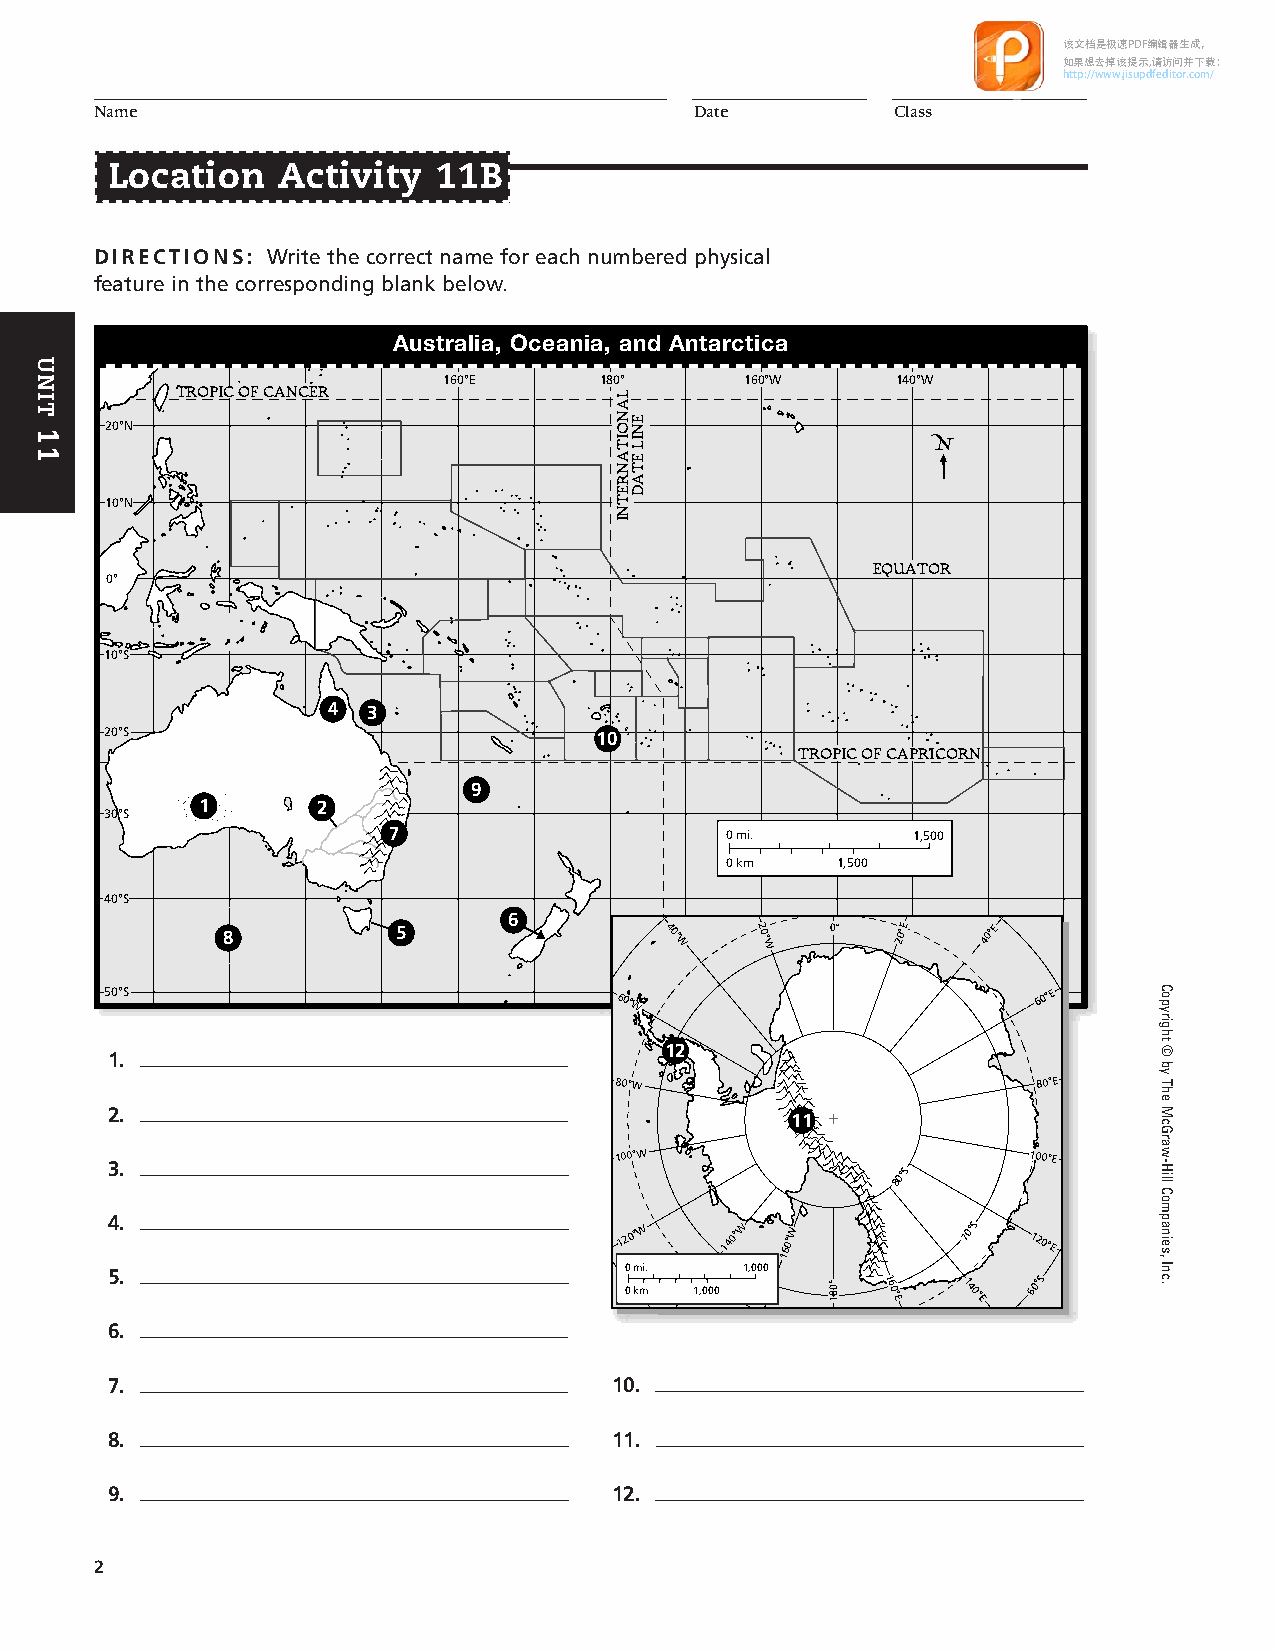
该文档是极速PDF编辑器生成，
 如果想去掉该提示,请访问并下载：
 http://www.jisupdfeditor.com/
 Name                                    Date         Class
 Location   Activity   11B
 DIRECTIONS: Write the correct name for each numbered physical
 feature in the corresponding blank below.
 Australia, Oceania, and Antarctica
 30°N
 160°E      180°     160°W     140°W
 TROPIC OF CANCER
 20°N
 N
 10°N
 EQUATOR
 0°
 10°S
 4 3
 20°S                            10
 TROPIC OF CAPRICORN
 9
 1       2
 30°S
 7                     0mi.        1,500
 0km    1,500
 40°S
 6
 8          5                 40°
 W
 20°W 0°  20°E  40°E
 50°S
 60°W
 60°E
 12 1.
 80°W                        80°E
 2.                                           11
 3.
 100°W
 80°S
 100°E
 4.                                120°W  140°W 160°W     70°S
 120°E
 5.                                0 0m kmi. 1,000 1,000 180° 160°E 140°E 60°S
 6.
 7.                               10.
 8.                               11.
 9.                               12.
 2
 UNIT
 11
 LANOITANRETNI
 ENIL
 ETAD
 Copyright
 ©
 by
 The
 McGraw-Hill
 Companies,
 Inc.